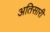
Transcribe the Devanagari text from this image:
अतिसारी